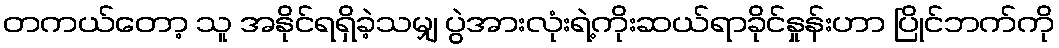
တကယ်တော့ သူ အနိုင်ရရှိခဲ့သမျှ ပွဲအားလုံးရဲ့ကိုးဆယ်ရာခိုင်နှုန်းဟာ ပြိုင်ဘက်ကို